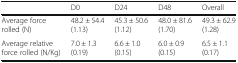
<table><thead><tr><td></td><td><b>D0</b></td><td><b>D24</b></td><td><b>D48</b></td><td><b>Overall</b></td></tr></thead><tbody><tr><td>Average force rolled (N)</td><td>48.2 ± 54.4 (1.13)</td><td>45.3 ± 50.6 (1.12)</td><td>48.0 ± 81.6 (1.70)</td><td>49.3 ± 62.9 (1.28)</td></tr><tr><td>Average relative force rolled (N/Kg)</td><td>7.0 ± 1.3 (0.19)</td><td>6.6 ± 1.0 (0.15)</td><td>6.0 ± 0.9 (0.15)</td><td>6.5 ± 1.1 (0.17)</td></tr></tbody></table>